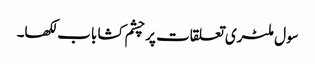
سول ملٹری تعلقات پر چشم کشا باب لکھا۔